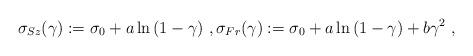
LaTeX: \begin{align*}\sigma_{Sz}(\gamma) := \sigma_0 + a \ln{(1-\gamma)}\ , \sigma_{Fr}(\gamma) := \sigma_0 + a \ln{(1-\gamma)} + b \gamma^2\ , \end{align*}